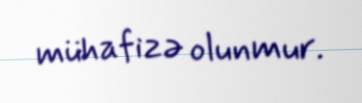
mühafizə olunmur.